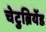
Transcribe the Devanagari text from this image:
चेटुब्रियेंड